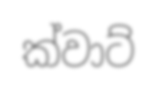
ක්වාට්